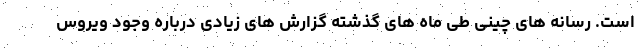
است. رسانه های چینی طی ماه های گذشته گزارش های زیادی درباره وجود ویروس